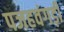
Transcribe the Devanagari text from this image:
पजहवंगड़ी